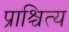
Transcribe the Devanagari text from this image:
प्राश्चित्य